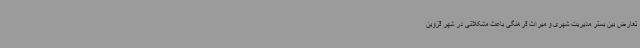
تعارض بین بستر مدیریت شهری و میراث فرهنگی باعث مشکلاتی در شهر قزوین